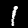
Digit: 1